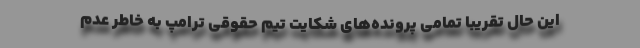
این حال تقریبا تمامی پرونده‌های شکایت تیم حقوقی ترامپ به خاطر عدم